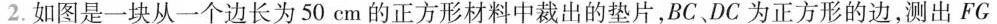
2.如图是一块从一个边长为50cm的正方形材料中裁出的垫片，BC、DC为正方形的边，测出$$F G